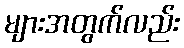
များအတွက်လည်း